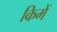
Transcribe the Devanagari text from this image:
किमें